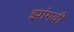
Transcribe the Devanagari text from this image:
झांगवी